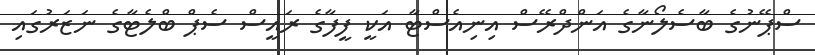
ސްޕޭނުގެ ބާސެލޯނާގެ އަންދްރޭސް އިނިއެސްޓާ އަކީ ފީފާގެ ރައީސް ސެޕް ބްލެޓާގެ ނަޒަރުގައި